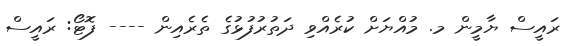
ރައީސް ޔާމީން މ. މުއްޔަށް ކުރެއްވި ދަތުރުފުޅުގެ ތެރެއިން ---- ފޮޓޯ: ރައީސް